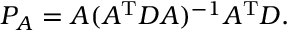
P _ { A } = A ( A ^ { \mathrm { T } } D A ) ^ { - 1 } A ^ { \mathrm { T } } D .